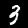
Label: 3